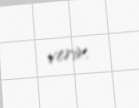
verir.